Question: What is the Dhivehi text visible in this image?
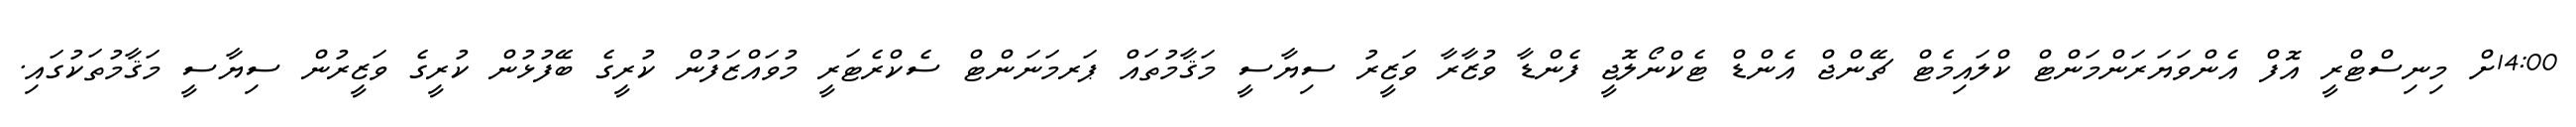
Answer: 14:00ށް މިނިސްޓްރީ އޮފް އެންވަޔަރަންމަންޓް ކްލައިމެޓް ޗޭންޖް އެންޑް ޓެކްނޯލޮޖީ ފެންޑާ ވުޒާރާ ވަޒީރު ސިޔާސީ މަޤާމުތައް ޕަރމަނަންޓް ސެކްރެޓަރީ މުވައްޒަފުން ކުރީގެ ބޭފުޅުން ކުރީގެ ވަޒީރުން ސިޔާސީ މަޤާމުތަކުގައި.